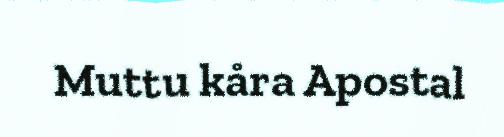
Muttu kåra Apostal